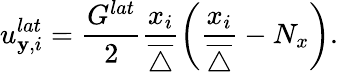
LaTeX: u_{\mathbf{y},i}^{lat}=\frac{{G^{lat}}}{{2}}\frac{{x_{i}}}{{\overline{{{\triangle}}}}}\left(\frac{{x_{i}}}{{\overline{{{\triangle}}}}}-N_{x}\right).